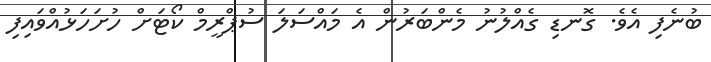
ބުނެފި އެވެ. ގޮނޑި ގެއްލުނު މެންބަރުން އެ މައްސަލަ ސުޕްރީމް ކޯޓަށް ހުށަހަޅުއްވައިފި